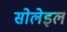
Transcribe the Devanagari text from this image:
सोलेइल